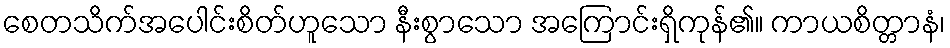
စေတသိက်အပေါင်းစိတ်ဟူသော နီးစွာသော အကြောင်းရှိကုန်၏။ ကာယစိတ္တာနံ၊